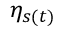
\eta _ { s ( t ) }